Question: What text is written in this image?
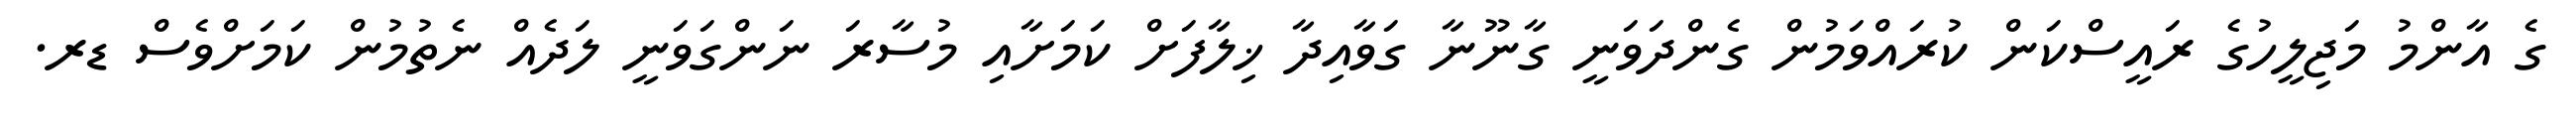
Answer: ގެ އާންމު މަޖިލީހުގެ ރައީސްކަން ކުރައްވަމުން ގެންދަވަނީ ގާނޫނާ ގަވާއިދާ ޚިލާފަށް ކަމަށާއި މުސާރަ ނަންގަވަނީ ލަދެއް ނެތުމުން ކަމަށްވެސް ޑރ.